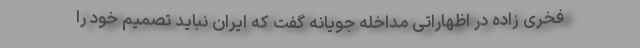
فخری زاده در اظهاراتی مداخله جویانه گفت که ایران نباید تصمیم خود را